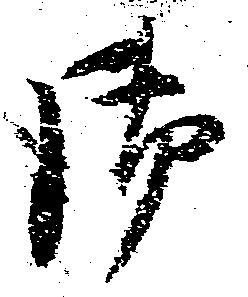
御